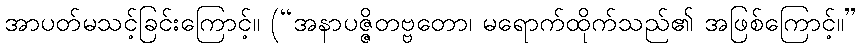
အာပတ်မသင့်ခြင်းကြောင့်။ (“အနာပဇ္ဇိတဗ္ဗတော၊ မရောက်ထိုက်သည်၏ အဖြစ်ကြောင့်။”